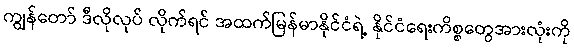
ကျွန်တော် ဒီလိုလုပ် လိုက်ရင် အထက်မြန်မာနိုင်ငံရဲ့ နိုင်ငံရေးကိစ္စတွေအားလုံးကို